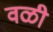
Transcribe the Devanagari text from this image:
वळी